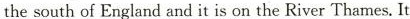
the south of England and it is on the River Thames. It